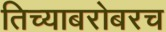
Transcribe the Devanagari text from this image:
तिच्याबरोबरच